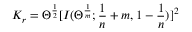
K _ { r } = \Theta ^ { \frac { 1 } { 2 } } [ I ( \Theta ^ { \frac { 1 } { m } } ; \frac { 1 } { n } + m , 1 - \frac { 1 } { n } ) ] ^ { 2 }